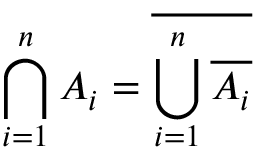
\bigcap _ { i = 1 } ^ { n } A _ { i } = { \overline { { \bigcup _ { i = 1 } ^ { n } { \overline { { A _ { i } } } } } } }